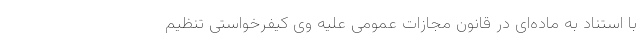
با استناد به ماده‌ای در قانون مجازات عمومی علیه وی کیفرخواستی تنظیم